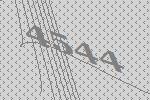
4544